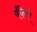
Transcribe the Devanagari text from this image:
बँकेचॆ